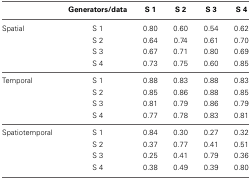
<table><thead><tr><td></td><td><b>Generators/data</b></td><td><b>S 1</b></td><td><b>S 2</b></td><td><b>S 3</b></td><td><b>S 4</b></td></tr></thead><tbody><tr><td>Spatial</td><td>S 1</td><td>0.80</td><td>0.60</td><td>0.54</td><td>0.62</td></tr><tr><td></td><td>S 2</td><td>0.64</td><td>0.74</td><td>0.61</td><td>0.70</td></tr><tr><td></td><td>S 3</td><td>0.67</td><td>0.71</td><td>0.80</td><td>0.69</td></tr><tr><td></td><td>S 4</td><td>0.73</td><td>0.75</td><td>0.60</td><td>0.85</td></tr><tr><td>Temporal</td><td>S 1</td><td>0.88</td><td>0.83</td><td>0.88</td><td>0.83</td></tr><tr><td></td><td>S 2</td><td>0.85</td><td>0.86</td><td>0.88</td><td>0.85</td></tr><tr><td></td><td>S 3</td><td>0.81</td><td>0.79</td><td>0.86</td><td>0.79</td></tr><tr><td></td><td>S 4</td><td>0.77</td><td>0.78</td><td>0.83</td><td>0.81</td></tr><tr><td>Spatiotemporal</td><td>S 1</td><td>0.84</td><td>0.30</td><td>0.27</td><td>0.32</td></tr><tr><td></td><td>S 2</td><td>0.37</td><td>0.77</td><td>0.41</td><td>0.51</td></tr><tr><td></td><td>S 3</td><td>0.25</td><td>0.41</td><td>0.79</td><td>0.36</td></tr><tr><td></td><td>S 4</td><td>0.38</td><td>0.49</td><td>0.39</td><td>0.80</td></tr></tbody></table>